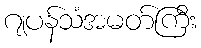
ဂျပန်သံအမတ်ကြီး